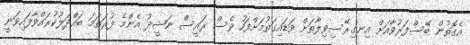
އެގޮތުން ބޭސްފަރުވާއަށް އިނގިރޭސިވިލާތަށް ވަޑައިގަތުމަށްފަހު ވެސް ރައީސް ނަޝީދު އެންމެ ފުރަތަމަ ބައްދަލުކުރައްވާފައިވަނީ